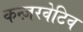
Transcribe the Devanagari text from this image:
कन्ज़रवेटिव